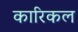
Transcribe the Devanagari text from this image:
कारिकल